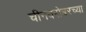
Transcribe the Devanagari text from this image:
चीनबरोबरच्या